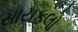
સાયકલો